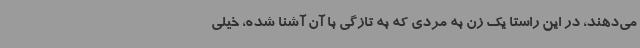
می‌دهند، در این راستا یک زن به مردی که به تازگی با آن آشنا شده، خیلی